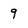
Character: 9